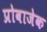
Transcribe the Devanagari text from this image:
प्रोवाजेक